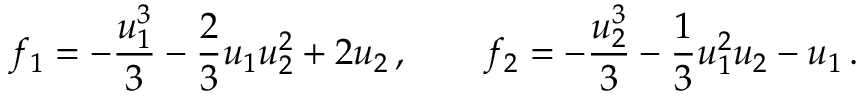
f _ { 1 } = - \frac { u _ { 1 } ^ { 3 } } { 3 } - \frac { 2 } { 3 } u _ { 1 } u _ { 2 } ^ { 2 } + 2 u _ { 2 } \, , \qquad f _ { 2 } = - \frac { u _ { 2 } ^ { 3 } } { 3 } - \frac { 1 } { 3 } u _ { 1 } ^ { 2 } u _ { 2 } - u _ { 1 } \, .